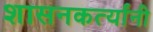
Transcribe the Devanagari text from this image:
शासनकर्त्यांनी